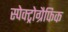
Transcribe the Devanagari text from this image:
स्पेक्ट्रोग्रैफिक